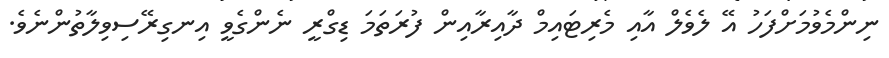
ނިންމެވުމަށްފަހު އޭ ލެވެލް އާއި މެރިޓައިމް ދާއިރާއިން ފުރަތަމަ ޑިގްރީ ނެންގެވީ އިނގިރޭސިވިލާތުންނެވެ.